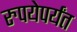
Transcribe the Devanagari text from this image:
रुपयेपर्यंत